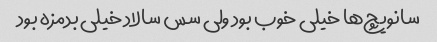
سانویچ‌ها خیلی خوب بود ولی سس سالاد خیلی بدمزه بود